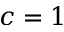
c = 1